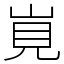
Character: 𡷹